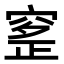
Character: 𥦰